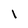
Character: 1